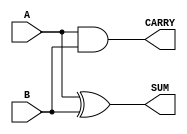
module param_half_adder #(
    parameter WIDTH = 1  // Default width is set to 1 bit
) (
    input  [WIDTH-1:0] A,  // First input
    input  [WIDTH-1:0] B,  // Second input
    output [WIDTH-1:0] SUM, // Sum output
    output [WIDTH-1:0] CARRY // Carry output
);

    // Generate the half-adder logic
    assign SUM   = A ^ B;   // Sum is the XOR of A and B
    assign CARRY = A & B;   // Carry is the AND of A and B

endmodule